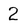
Character: 2